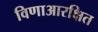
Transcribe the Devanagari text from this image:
विणाआरक्षित